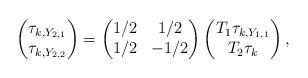
LaTeX: \begin{align*}\begin{pmatrix}\tau_{k,Y_{2,1}} \\\tau_{k,Y_{2,2}}\end{pmatrix} = \begin{pmatrix}1/2 & 1/2 \\1/2 & -1/2\end{pmatrix}\begin{pmatrix}T_1 \tau_{k,Y_{1,1}} \\T_2 \tau_{k}\end{pmatrix},\end{align*}